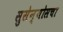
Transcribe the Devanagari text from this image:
सुसेन्योसचा